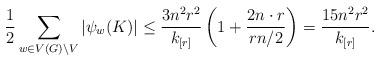
LaTeX: \begin{align*}\frac{1}{2}\sum_{w\in V(G)\setminus V}|\psi_w(K)| &\leq \frac{3n^2r^2}{k_{[r]}}\left(1+\frac{2n\cdot r}{rn/2}\right)=\frac{15n^2r^2}{k_{[r]}} .\end{align*}